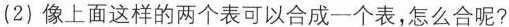
(2)像上面这样的两个表可以合成一个表，怎么合呢?